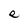
Character: e